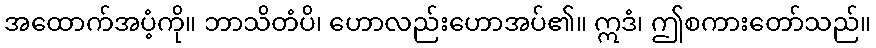
အထောက်အပံ့ကို။ ဘာသိတံပိ၊ ဟောလည်းဟောအပ်၏။ ဣဒံ၊ ဤစကားတော်သည်။